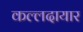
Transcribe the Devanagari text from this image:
कल्लदायार